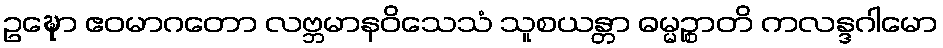
ဥဍ္ဎော ဧဝမာဂတော လဗ္ဘမာနဝိသေသံ သူစယန္တာ ဓမ္မဉ္စာတိ ကလန္ဒဂါမော